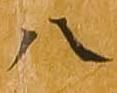
八